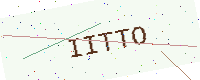
Text: IITTO